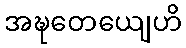
အဍ္ဎတေယျေဟိ